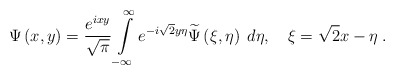
\begin{align*}\Psi \left( x,y\right) =\frac{e^{ixy}}{\sqrt{\pi }}\int\limits_{-\infty}^{\infty }e^{-i\sqrt{2}y\eta }\widetilde{\Psi }\left( \xi ,\eta \right)\;d\eta ,\quad \xi =\sqrt{2}x-\eta \;. \end{align*}